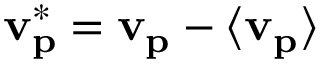
\mathbf { v _ { p } ^ { * } = v _ { p } - \langle v _ { p } \rangle }